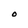
Character: O